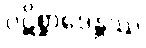
ပဋိစ္ဆာဒေန္တဿ